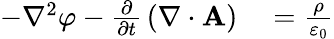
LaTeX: \begin{array}{rl}{-\nabla^{2}\varphi-{\frac{\partial}{\partial t}}\left(\mathbf{\nabla}\cdot\mathbf{A}\right)}&{{}={\frac{\rho}{\varepsilon_{0}}}}\end{array}